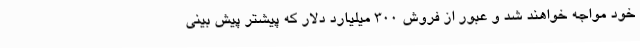
خود مواجه خواهند شد و عبور از فروش 300 میلیارد دلار که پیشتر پیش بینی